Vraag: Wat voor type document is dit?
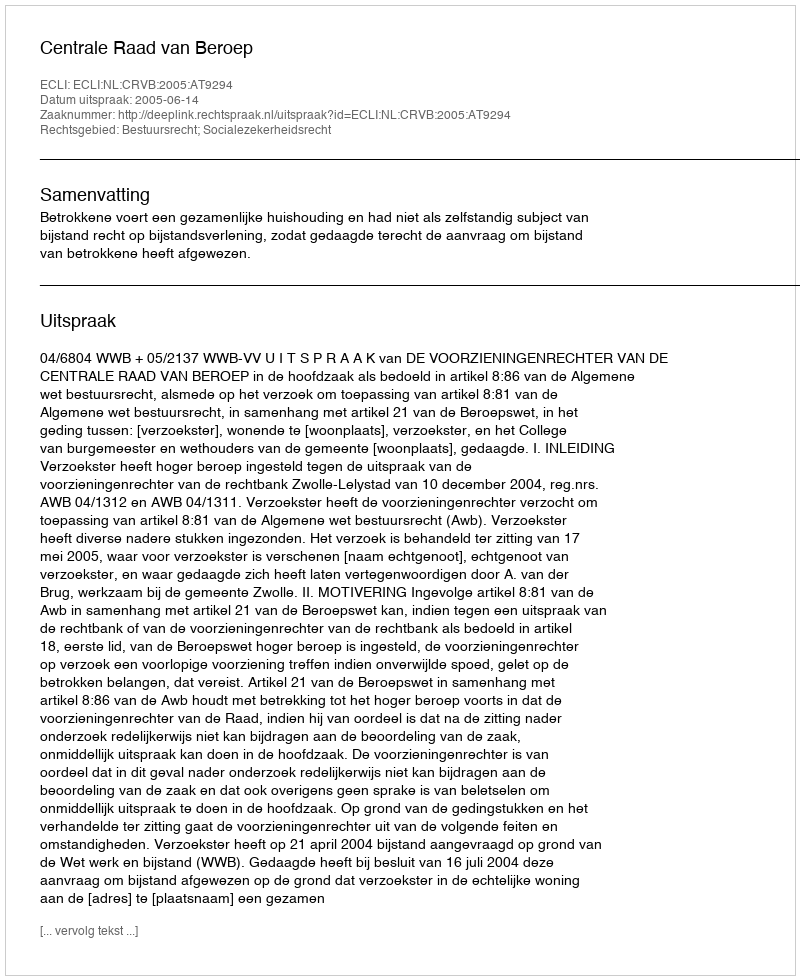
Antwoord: Uitspraak